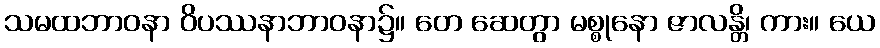
သမထဘာဝနာ ဝိပဿနာဘာဝနာ၌။ တေ ဆေတွာ မစ္စုနော ဇာလန္တိ၊ ကား။ ယေ